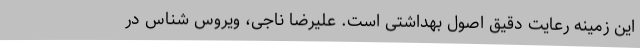
این زمینه رعایت دقیق اصول بهداشتی است. علیرضا ناجی، ویروس شناس در